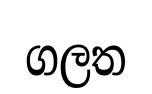
ගලත